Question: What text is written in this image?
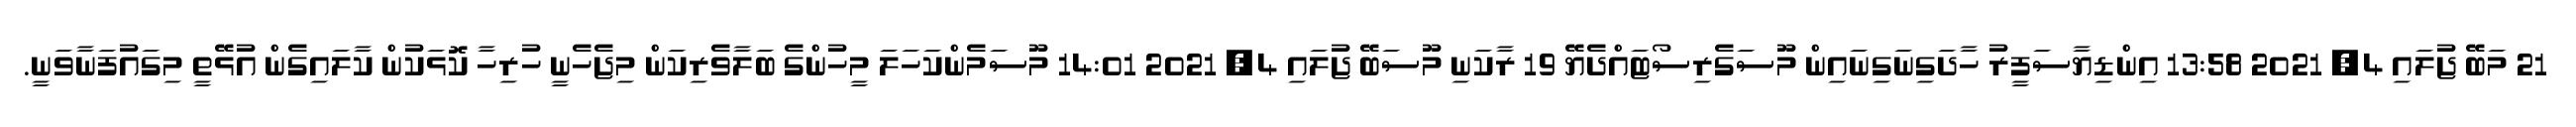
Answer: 21 މަބޭ ޖުލައި 4, 2021 13:58 އިންޑިޔާސަފީރު ހާދަގިނަގިނައިން މޫސަގެރިސޯޓައްދެޔޭ 19 ރާކަނި މޫސަބޭ ޖުލައި 4, 2021 14:01 މޫސަމެންކަހަލަ މީހުންގެ ބަލާވެރިކަން މިޖެހެނީ ހުރިހާ ކޮޅަކުން ކާލައިގެން އުޅޭތީ މިގައުފަނާވަނީ.